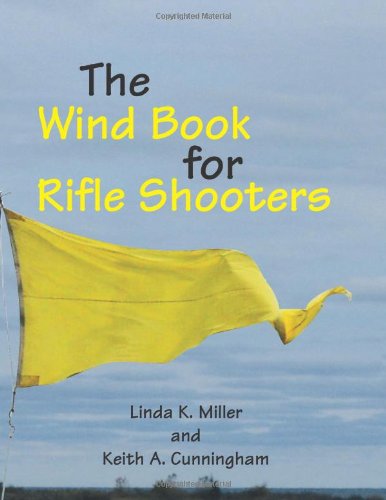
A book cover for The Wind Book For Rifle Shooters; Linda K. Miller; Crafts, Hobbies & Home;